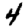
Digit: 4